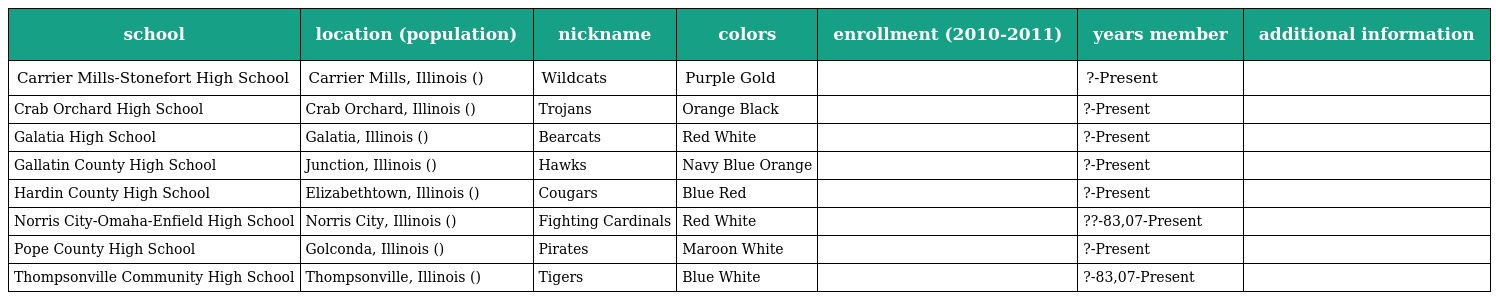
| school | location (population) | nickname | colors | enrollment (2010-2011) | years member | additional information |
 | --- | --- | --- | --- | --- | --- | --- |
 | Carrier Mills-Stonefort High School | Carrier Mills, Illinois () | Wildcats | Purple Gold |  | ?-Present |  |
 | Crab Orchard High School | Crab Orchard, Illinois () | Trojans | Orange Black |  | ?-Present |  |
 | Galatia High School | Galatia, Illinois () | Bearcats | Red White |  | ?-Present |  |
 | Gallatin County High School | Junction, Illinois () | Hawks | Navy Blue Orange |  | ?-Present |  |
 | Hardin County High School | Elizabethtown, Illinois () | Cougars | Blue Red |  | ?-Present |  |
 | Norris City-Omaha-Enfield High School | Norris City, Illinois () | Fighting Cardinals | Red White |  | ??-83,07-Present |  |
 | Pope County High School | Golconda, Illinois () | Pirates | Maroon White |  | ?-Present |  |
 | Thompsonville Community High School | Thompsonville, Illinois () | Tigers | Blue White |  | ?-83,07-Present |  |